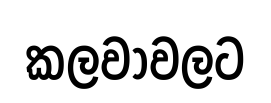
කලවාවලට